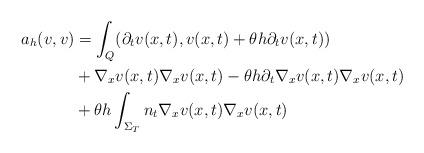
LaTeX: \begin{align*} a_h(v,v) &= \int_{Q} (\partial_{t} v(x,t), v(x,t) + \theta h \partial_{t} v(x,t) ) \\ & + \nabla_x v(x,t) \nabla_x v(x,t) - \theta h \partial_{t} \nabla_x v(x,t) \nabla_x v(x,t) \\ & + \theta h \int_{\Sigma_T} n_t \nabla_x v(x,t) \nabla_x v(x,t) \end{align*}